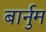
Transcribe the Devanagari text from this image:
बार्नुम